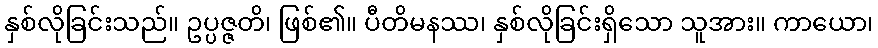
နှစ်လိုခြင်းသည်။ ဥပ္ပဇ္ဇတိ၊ ဖြစ်၏။ ပီတိမနဿ၊ နှစ်လိုခြင်းရှိသော သူအား။ ကာယော၊